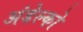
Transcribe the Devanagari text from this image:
अंडेल्को